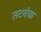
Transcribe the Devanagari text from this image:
तटबंद्या